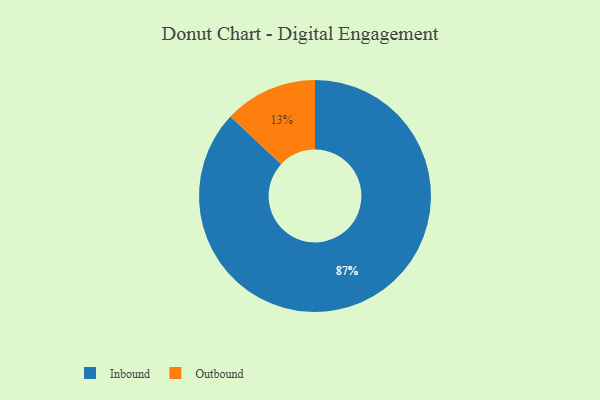
{"axis": {"x": "Category", "y": "Percentage"}, "legend": ["Inbound", "Outbound"], "data": [{"x": "Inbound", "y": 87, "type": "Inbound"}, {"x": "Outbound", "y": 13, "type": "Outbound"}]}